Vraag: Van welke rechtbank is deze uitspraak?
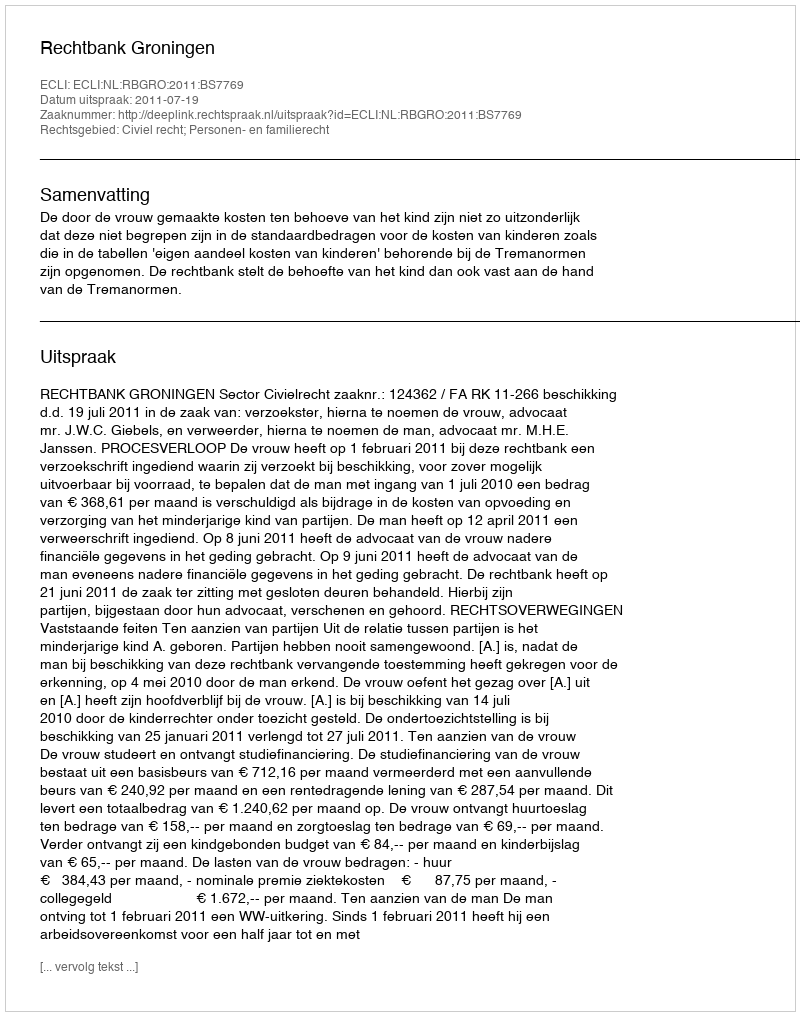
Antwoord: Rechtbank Groningen